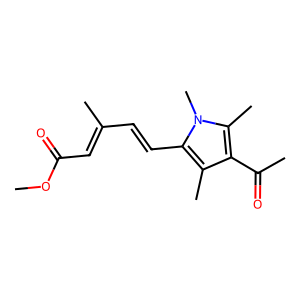
SMILES: COC(=O)C=C(C)C=Cc1c(C)c(C(C)=O)c(C)n1C
Inhibits HIV replication: No